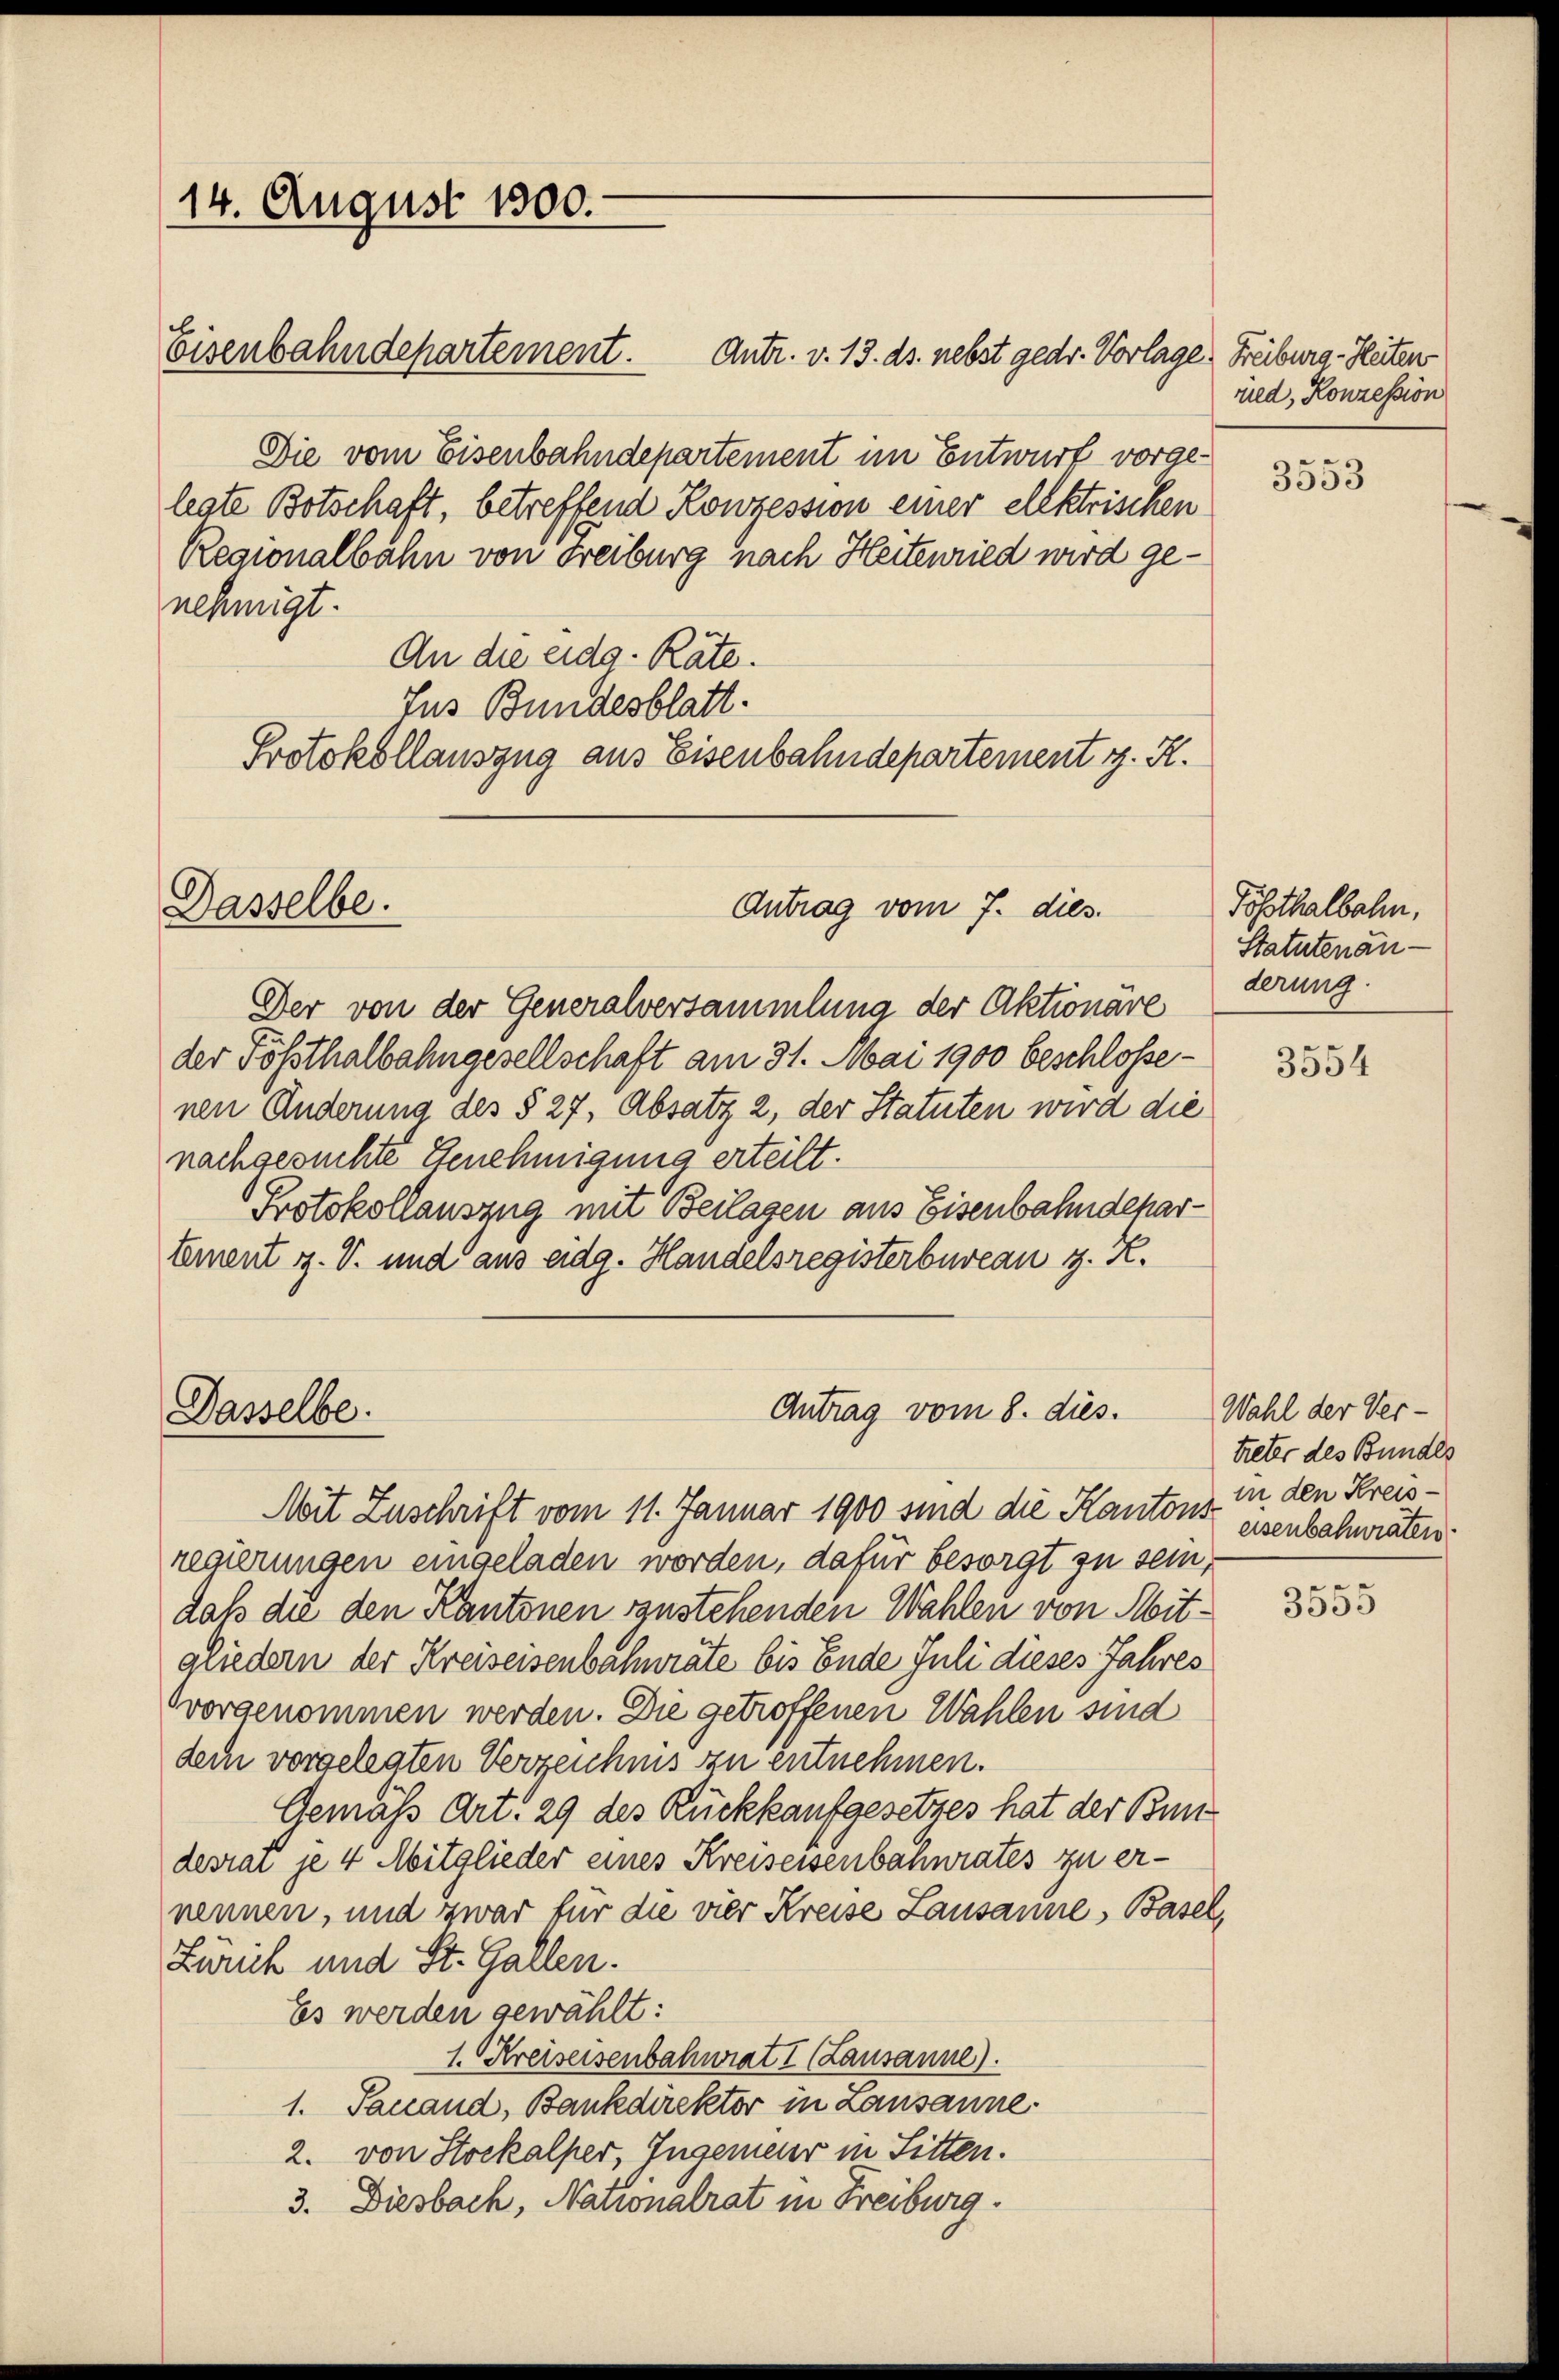
Antr. v. 13. ds. nebst gedr. Vorlage Freiburg - Heiten
Die vom Eisenbahndepartement im Entwurf vorgelegte Botschaft, betreffend Konzession einer elektrischen
Regionalbahn von Freiburg nach Heitenried wird genehmigt.
An die eidg. Räte.
Jus Bundesblatt.
Protokollauszug aus Eisenbahndepartement z. R.

14. August 1800.

Dasselbe.

Der von der Generalversammlung der Aktionäre
der Tößthalbahngesellschaft am 31. Mai 1900 beschlossenen Änderung des § 27, Absatz 2, der Statuten wird die
nachgesuchte Genehmigung erteilt.
Protokollauszug mit Beilagen aus Eisenbahndepartement v. V. und aus eidg. Handelsregisterbureau z. K.

Dasselbe.

Eisenbahndepartement.

Antrag vom 7. dies

Antrag vom 8. dies.

Mit Zuschrift vom 11. Januar 1900 sind die Kantons in den Kreisregierungen eingeladen worden, dafür besorgt zu sein,
daß die den Kantonen sanstehenden Wahlen von Mitgliedern der Kreiseisenbahnräte bis Ende Juli dieses Jahres
vorgenommen werden. Die getroffenen Wahlen sind
dem vorgelegten Verzeichnis zu entnehmen.
Gemäß Art. 29 des Rückkaufgesetzes hat der Bundesrat je 4 Mitglieder eines Kreiseisenbahnrates zu ernennen, und zwar für die vier Kreise Lausanne, Basel,
Zürich und St. Gallen.
Es werden gewählt:
1. Kreiseisenbahnrat I (Lausanne)
1. Tanand, Bankdirektor in Lausanne.
2. von Stockalper, Ingenieur in Sitten.
3. Diesbach, Nationalrat in Freiburg.

ruld, Konzession

3553

Posthalbahn,
Statutenanderung.

3554

Wahl der Ver-
treter des Bundes
eisenbahnraten

3555